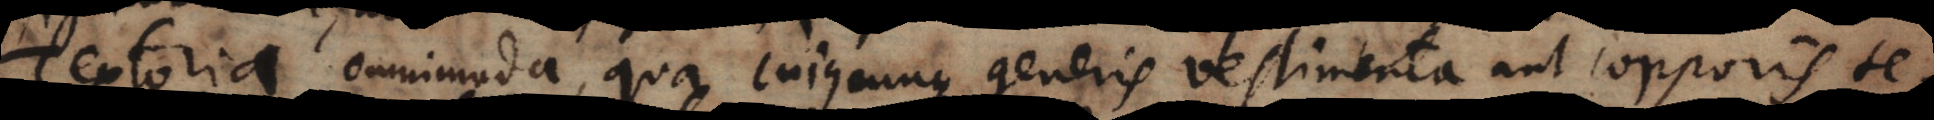
Textoria omnimoda, qua cujuscunque generis vestimenta aut corporis te